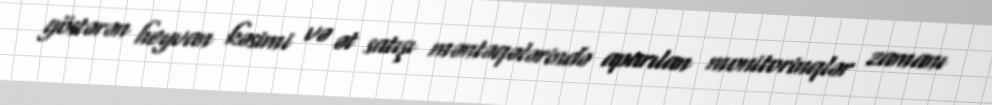
göstərən heyvan kəsimi və ət satışı məntəqələrində aparılan monitorinqlər zamanı